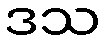
ဒသ